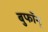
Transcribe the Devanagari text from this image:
बुफॉन्